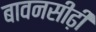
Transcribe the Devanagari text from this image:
बावनसीढ़ी